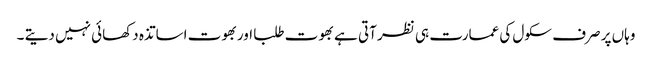
وہاں پر صرف سکول کی عمارت ہی نظر آتی ہے بھوت طلبا اوربھوت اساتذہ دکھائی نہیں دیتے ۔